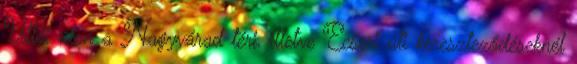
Üllői úton a Nagyvárad téri, illetve Ecseri úti kereszteződéseknél